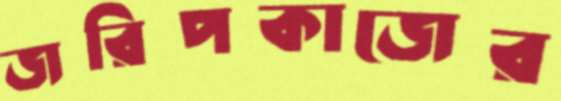
জরিপকাজের